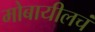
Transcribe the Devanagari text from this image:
मोबायीलचं